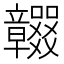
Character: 𥫖